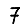
Digit: 7